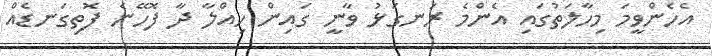
އެހެންވީމަ މިހާލަތުގައި އެންމެ ރަނގަޅު ވާނީ ގައިން ހިއްލާ ދާ ފޮހޭނެ ފޮތިގަނޑެއް